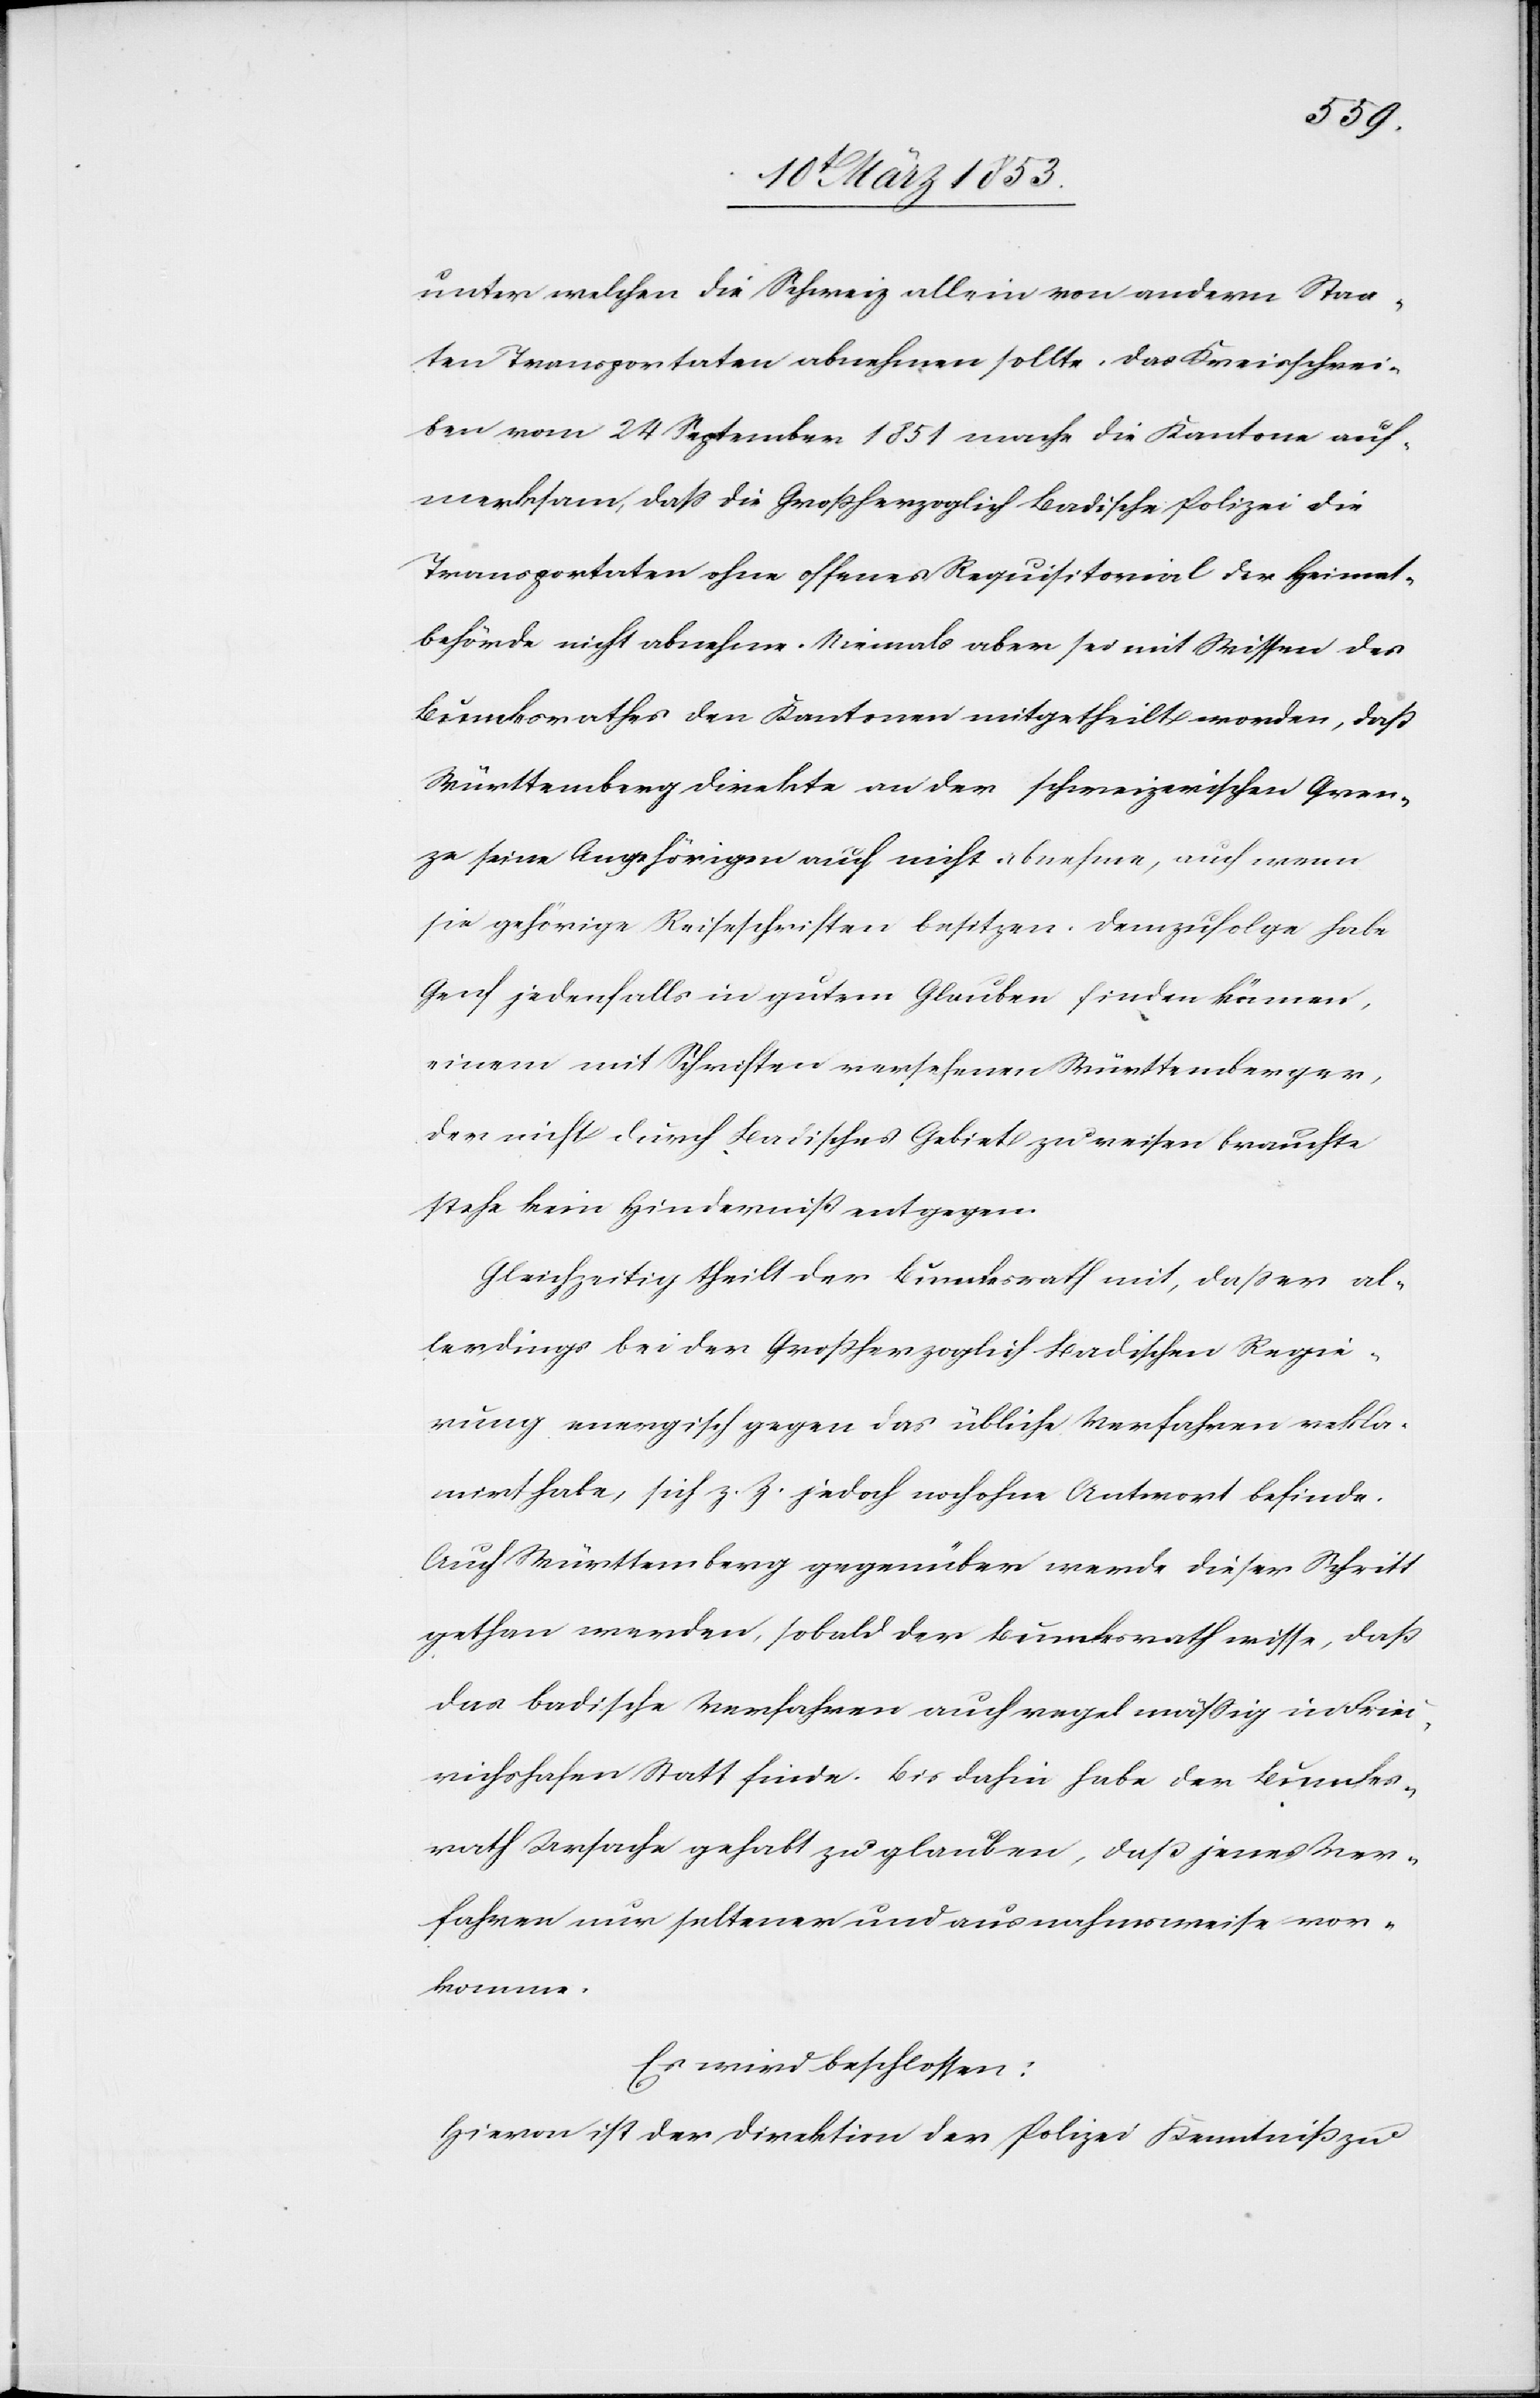
unter welchen die Schweiz allein von andern Staa¬
ten Transportaten abnehmen sollte, das Kreisschrei¬
ben vom 24 September 1851 mache die Kantone auf¬
merksam, daß die Großherzoglich Badische Polizei die
Transportaten ohne offenes Requisitorial der Heimat¬
behörde nicht abnehme. Niemals aber sei mit Wissen des
Bundesrathes den Kantonen mitgetheilt worden, daß
Württemberg direkte an der schweizerischen Gren¬
ze seine Angehörigen auch nicht abnehme, auch wenn
sie gehörige Reiseschriften besitzen. Demzufolge habe
Genf jedenfalls in gutem Glauben finden können,
einem mit Schriften versehenen Württemberger,
der nicht durch Badisches Gebiet zu reisen brauchte
stehe kein Hinderniß entgegen.
Gleichzeitig theilt der Bundesrath mit, daß er al¬
lerdings bei der Großherzoglich Badischen Regie¬
rung energisch gegen das übliche Verfahren rekla¬
mirt habe, sich z. Z. jedoch noch ohne Antwort befinde.
Auch Württemberg gegenüber werde dieser Schritt
gethan werden, sobald der Bundesrath wisse, daß
das Badische Verfahren auch regel mäßig in Fried¬
richshafen Statt finde. Bis dahin habe der Bundes¬
rath Ursache gehabt zu glauben, daß jenes Ver¬
fahren nur seltener und ausnahmsweise vor¬
komme.
Es wird beschlossen:
Hievon ist der Direktion der Polizei Kenntniß zu